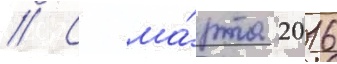
// С ма́рта 2016